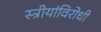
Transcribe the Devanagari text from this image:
स्त्रीयांविरोधी